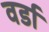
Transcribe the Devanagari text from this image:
वर्डा